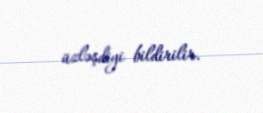
üzləşdiyi bildirilir.